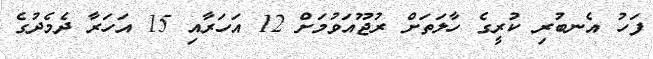
ފަހު އެނބުރި ކުރީގެ ހާލަތަށް ރުޖޫއަވުމަށް 12 އަހަރާއި 15 އަހަރާ ދެމެދުގެ